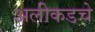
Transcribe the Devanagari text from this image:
अलीकडचे